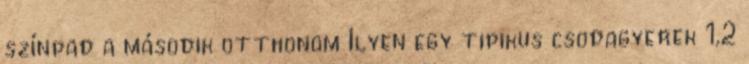
színpad a második otthonom Ilyen egy tipikus csodagyerek 1,2